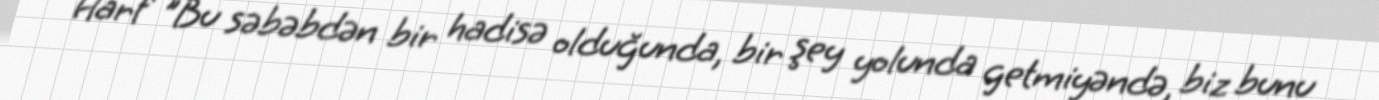
Harf "Bu səbəbdən bir hadisə olduğunda, bir şey yolunda getmiyəndə, biz bunu